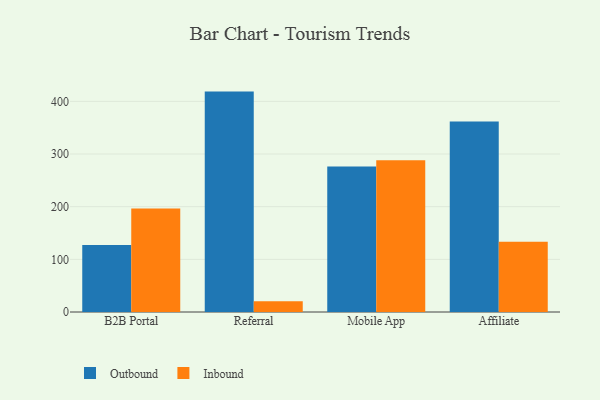
{"axis": {"x": "Channel", "y": "Humidity (%)"}, "legend": ["Inbound", "Outbound"], "data": [{"x": "B2B Portal", "y": 127.1, "type": "Outbound"}, {"x": "B2B Portal", "y": 196.3, "type": "Inbound"}, {"x": "Referral", "y": 418.5, "type": "Outbound"}, {"x": "Referral", "y": 20.2, "type": "Inbound"}, {"x": "Mobile App", "y": 276.1, "type": "Outbound"}, {"x": "Mobile App", "y": 288.0, "type": "Inbound"}, {"x": "Affiliate", "y": 361.9, "type": "Outbound"}, {"x": "Affiliate", "y": 133.6, "type": "Inbound"}]}